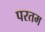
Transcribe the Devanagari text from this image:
परतम